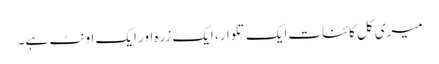
میری کل کائنات ایک تلوار، ایک زرہ اور ایک اونٹ ہے۔